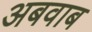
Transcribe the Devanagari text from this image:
अबवाब